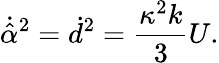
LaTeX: \dot{\hat{\alpha}}^{2}=\dot{d}^{2}=\frac{\kappa^{2}k}{3}U.